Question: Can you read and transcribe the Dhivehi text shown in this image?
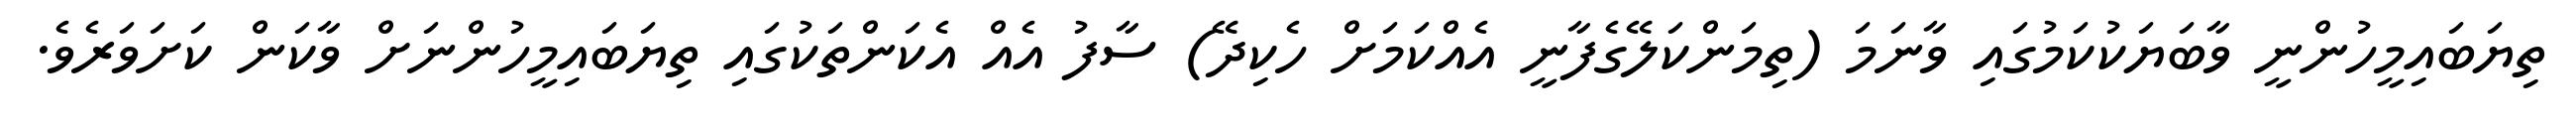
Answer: ތިޔަބައިމީހުންނީ ވާބަޔަކުކަމުގައި ވާނަމަ (ތިމަންކަލޭގެފާނީ އެއްކަމަށް ހެކިދޭ) ސާފު އެއް އެކަންތަކުގައި ތިޔަބައިމީހުންނަށް ވާކަން ކަށަވަރެވެ.